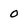
Character: 0